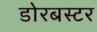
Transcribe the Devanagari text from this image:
डोरबस्टर